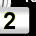
Digit: 2